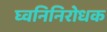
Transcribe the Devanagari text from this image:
घ्वनिनिरोधक